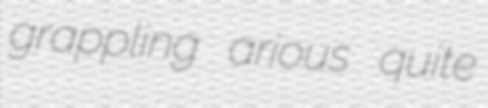
grappling arious quite